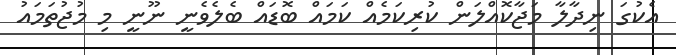
އެކުގަ ނިދާލާ މަޖާކޮއްލަން ކުރިކަމެއް ކަމައް ބޮޑައް ބެލެވެނީ ނޫނީ މި މުޖުތަމައު